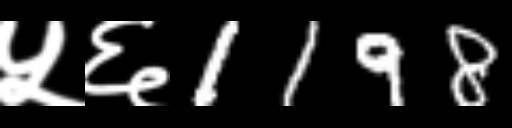
Text: ५६1198